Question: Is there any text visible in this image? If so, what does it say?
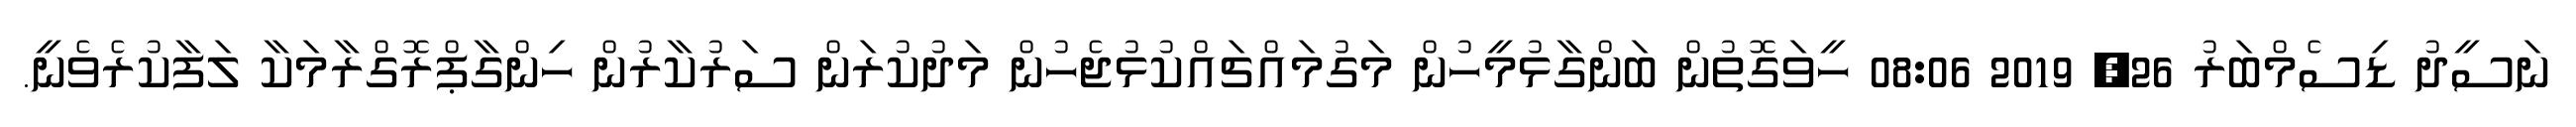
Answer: ނަސީދު ޑިސެމްބަރު 26, 2019 08:06 ހީވަގޮތުން ބަންގާޅުމީހުން މަގުމައްޗައްކުޅުޖެހުން މަދުކުރަން ސަރުކާރުން ހިންގާޕްރޮގްރާމަކާ ލަފާކުރެވެނީ.